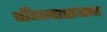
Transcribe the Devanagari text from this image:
चाँगनारायण